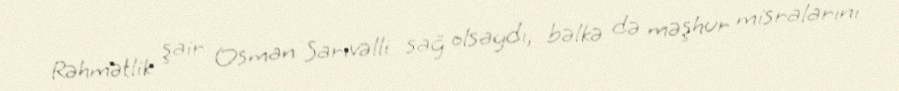
Rəhmətlik şair Osman Sarıvəlli sağ olsaydı, bəlkə də məşhur misralarını